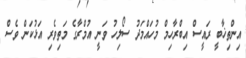
އިންތިޚާބީ ރައީސް އިބްރާހިމް މުހައްމަދު ސޯލިހު ވަނީ އުމްރާގެ މަތިވެރި އަޅުކަން ވެސް